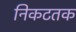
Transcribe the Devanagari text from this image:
निकटतक